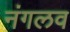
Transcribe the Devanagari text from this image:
नंगलव